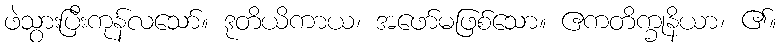
ဖဲသွားပြီးကုန်လသော်။ ဒုတိယိကာယ၊ အဖော်မဖြစ်သော။ ဧကတိက္ခုနိယာ၊ ၏။